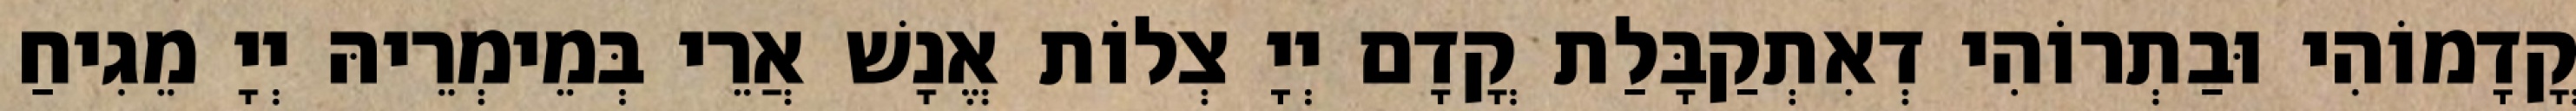
קֳדָמוֹהִי וּבַתְרוֹהִי דְאִתְקַבָּלַת קֳדָם יְיָ צְלוֹת אֱנָשׁ אֲרֵי בְּמֵימְרֵיהּ יְיָ מֵגִיחַ